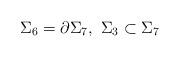
LaTeX: \begin{align*}\Sigma_6=\partial\Sigma_7,\ \Sigma_3\subset\Sigma_7\end{align*}